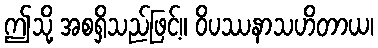
ဤသို့ အစရှိသည်ဖြင့်။ ဝိပဿနာသဟိတာယ၊